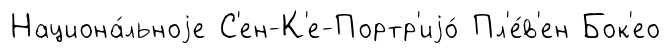
Национа́льноjе С'ен-К'е-Портр'иjо́ Пл'е́в'ен Бок'ео